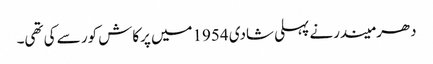
دھرمیندرنے پہلی شادی 1954میں پرکاش کور سے کی تھی۔